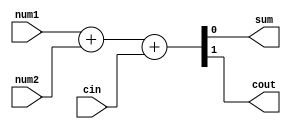
module add( 
input num1, num2, cin, 
output sum, cout);

reg [1:0] temp;

always@(*)
   begin
       temp = {1'b0, num1} + {1'b0, num2} + {1'b0, cin};
   end

assign sum = temp[0];
assign cout = temp[1];

endmodule